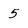
Character: 5